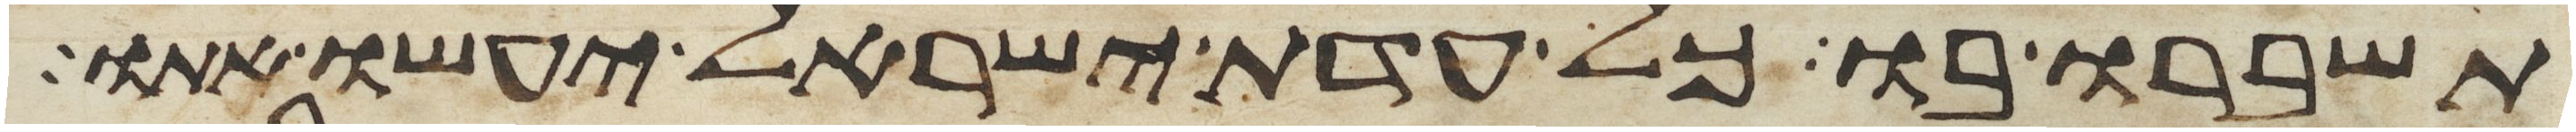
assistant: תשברו בו כל עדת ישראל יעשו אתו